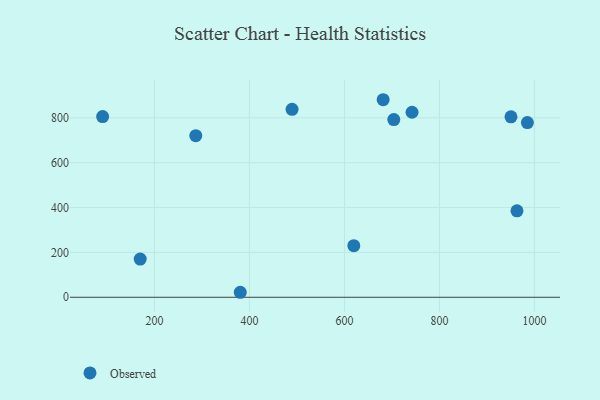
{"axis": {"x": "Ad Spend", "y": "Profit"}, "legend": ["Observed"], "data": [{"x": "703.9", "y": 792.0, "type": "Observed"}, {"x": "380.7", "y": 22.3, "type": "Observed"}, {"x": "742.3", "y": 824.7, "type": "Observed"}, {"x": "170.0", "y": 170.2, "type": "Observed"}, {"x": "681.5", "y": 880.6, "type": "Observed"}, {"x": "90.9", "y": 805.5, "type": "Observed"}, {"x": "287.0", "y": 720.3, "type": "Observed"}, {"x": "950.6", "y": 804.5, "type": "Observed"}, {"x": "985.1", "y": 778.6, "type": "Observed"}, {"x": "963.2", "y": 385.5, "type": "Observed"}, {"x": "619.7", "y": 230.2, "type": "Observed"}, {"x": "489.7", "y": 837.8, "type": "Observed"}]}